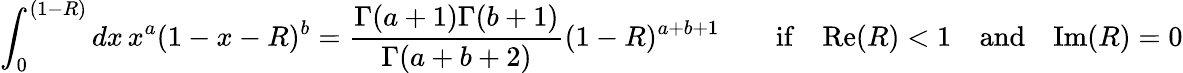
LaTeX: \int_{0}^{(1-R)}dx\, x^{a}(1-x-R)^{b}=\frac{\Gamma(a+1)\Gamma(b+1)}{\Gamma(a+b+2)}(1-R)^{a+b+1}\qquad\mathrm{if}\quad\mathrm{Re}(R)<1\quad\mathrm{and}\quad\mathrm{Im}(R)=0